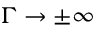
\Gamma \rightarrow \pm \infty